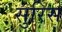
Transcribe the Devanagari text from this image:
सुरिस